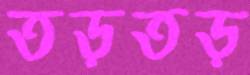
তড়তড়